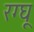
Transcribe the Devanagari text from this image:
रग्घू